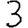
Digit: 3